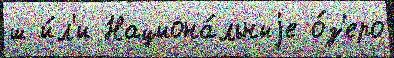
ш и́л'и Национа́льныjе о́з'еро